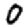
Digit: 0